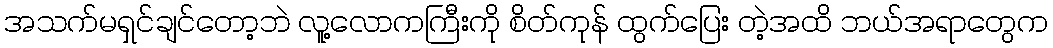
အသက်မရှင်ချင်တော့ဘဲ လူ့လောကကြီးကို စိတ်ကုန် ထွက်ပြေး တဲ့အထိ ဘယ်အရာတွေက